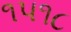
૧૫૧૮